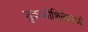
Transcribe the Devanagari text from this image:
शुक्रकोशिकेमध्ये